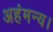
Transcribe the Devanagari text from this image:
अहंमन्य।